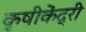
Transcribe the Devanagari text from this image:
कृषीकेंद्री